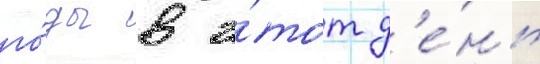
го́ды в э́тот д'е́нь